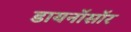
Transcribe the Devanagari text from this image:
डायनॉसॉर